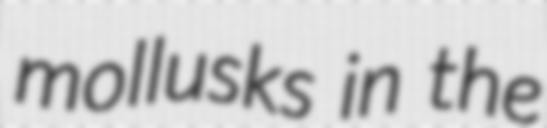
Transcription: mollusks in the